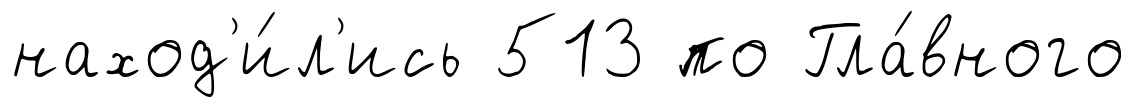
наход'и́л'ись 513 по Гла́вного